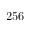
2 5 6